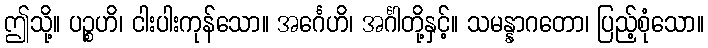
ဤသို့။ ပဉ္စဟိ၊ ငါးပါးကုန်သော။ အင်္ဂေဟိ၊ အင်္ဂါတို့နှင့်။ သမန္နာဂတော၊ ပြည့်စုံသော။